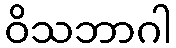
ဝိသဘာဂါ